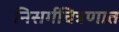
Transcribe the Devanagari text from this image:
निसर्गचित्रणात